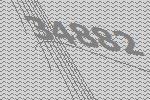
34882